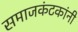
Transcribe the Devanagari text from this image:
समाजकंटकांनी